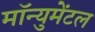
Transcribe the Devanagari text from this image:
मॉन्युमेंटल